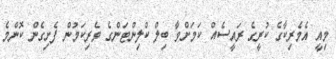
މިއީ އެމެރިކާގެ ކުރީގެ ރައީސެއް ކަމަށްވާ ބިލް ކްލިންޓަންގެ ވެރިކަމުން ފެށިގެން ކޮންމެ